Lock hospitals Punjab
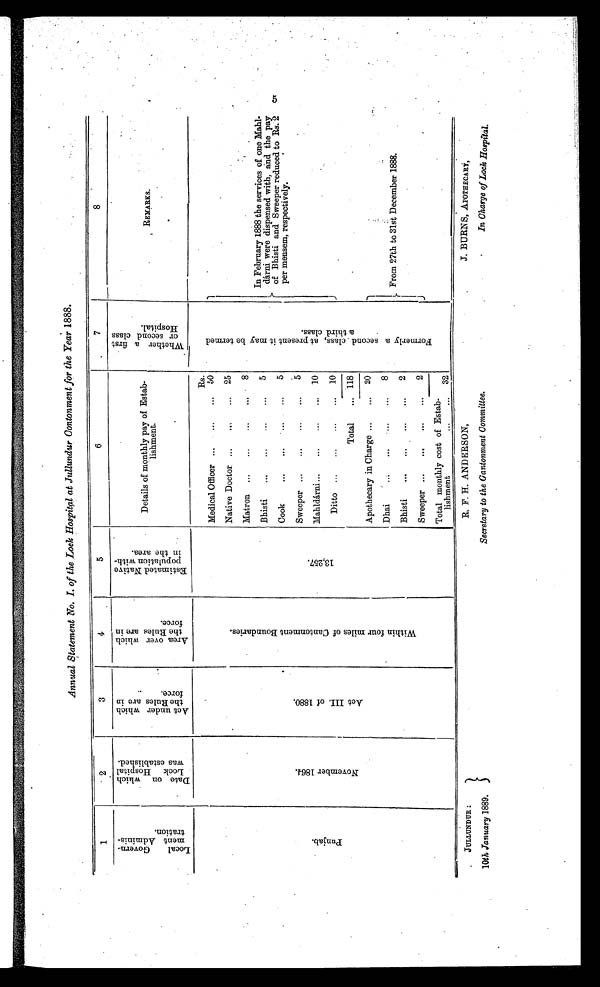
JULLUNDUR :
10th January 1889.
R. F. H. ANDERSON,
Secretary to the Cantonment Committee.
J. BURNS, APOTHECARY,
In Charge of Lock Hospital.
Annual Statement No. I. of the Lock Hospital at Jullundur Contonment for the Year 1888.
1
2
3
4
5
6
7
8
L o c a l G o v e r n m e n t A d m i n i s t r a t i o n .
D a t e o n w h i c h L o c k H o s p i t a l w a s e s t a b l i s h e d .
A c t u n d e r w h i c h t h e R u l e s a r e i n f o r c e .
A r e a o v e r w h i c h t h e R u l e s a r e i n f o r c e .
E s t i m a t e d N a t i v e p o p u l a t i o n w i t h i n t h e a r e a .
Details of monthly pay of Estab-
lishment.
W h e t h e r a f i r s t o r s e c o n d c l a s s H o s p i t a l .
REMA
R K S .
P u n j a b .
N o v e m b e r 1 8 6 4 .
A c t I I I . o f 1 8 8 0 .
W i t h i n f o u r m i l e s o f C a n t o n m e n t B o u n d a r i e s .
1 3 , 2 5 7 .
Rs.
F o r m e r l y a s e c o n d c l a s s , a t p r e s e n t i t m a y b e t e r m e d a t h i r d c l a s s .
In February 1888 the services of one Mahl-
dárni were dispensed with, and the pay
of Bhisti and Sweeper reduced to Rs. 2
per mensem, respectively.
Medical Officer ...
...
... 50
Native Doctor . . .
. . .
. . .
25
Matron ...
. . .
...
. . .
8
Bhisti
...
...
. . .
. . .
5
Cook
...
. . .
. . .
. . .
5
Sweeper ...
. . .
. . .
. . .
5
Mahldárni ...
...
. . .
... 10
Ditto ...
...
...
. . . 10
Total
. . . 118
Apothecary in Charge ...
. . .
20
Dhai
...
. . .
. . .
. . .
8
From 27th to 31st December 1888.
Bhisti
...
. . .
. . .
. . .
2
Sweeper ...
. . .
. . .
. . .
2
Total monthly cost of Estab-
lishment
...
. . . 32
5